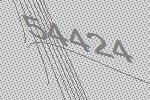
54424